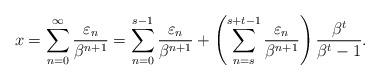
LaTeX: \begin{align*}x=\sum_{n=0}^\infty\frac{\varepsilon_n}{\beta^{n+1}}=\sum_{n=0}^{s-1}\frac{\varepsilon_n}{\beta^{n+1}} + \left(\sum_{n=s}^{s+t-1}\frac{\varepsilon_n}{\beta^{n+1}}\right) \frac{\beta^t}{\beta^t-1}.\end{align*}